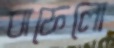
বাফেলো